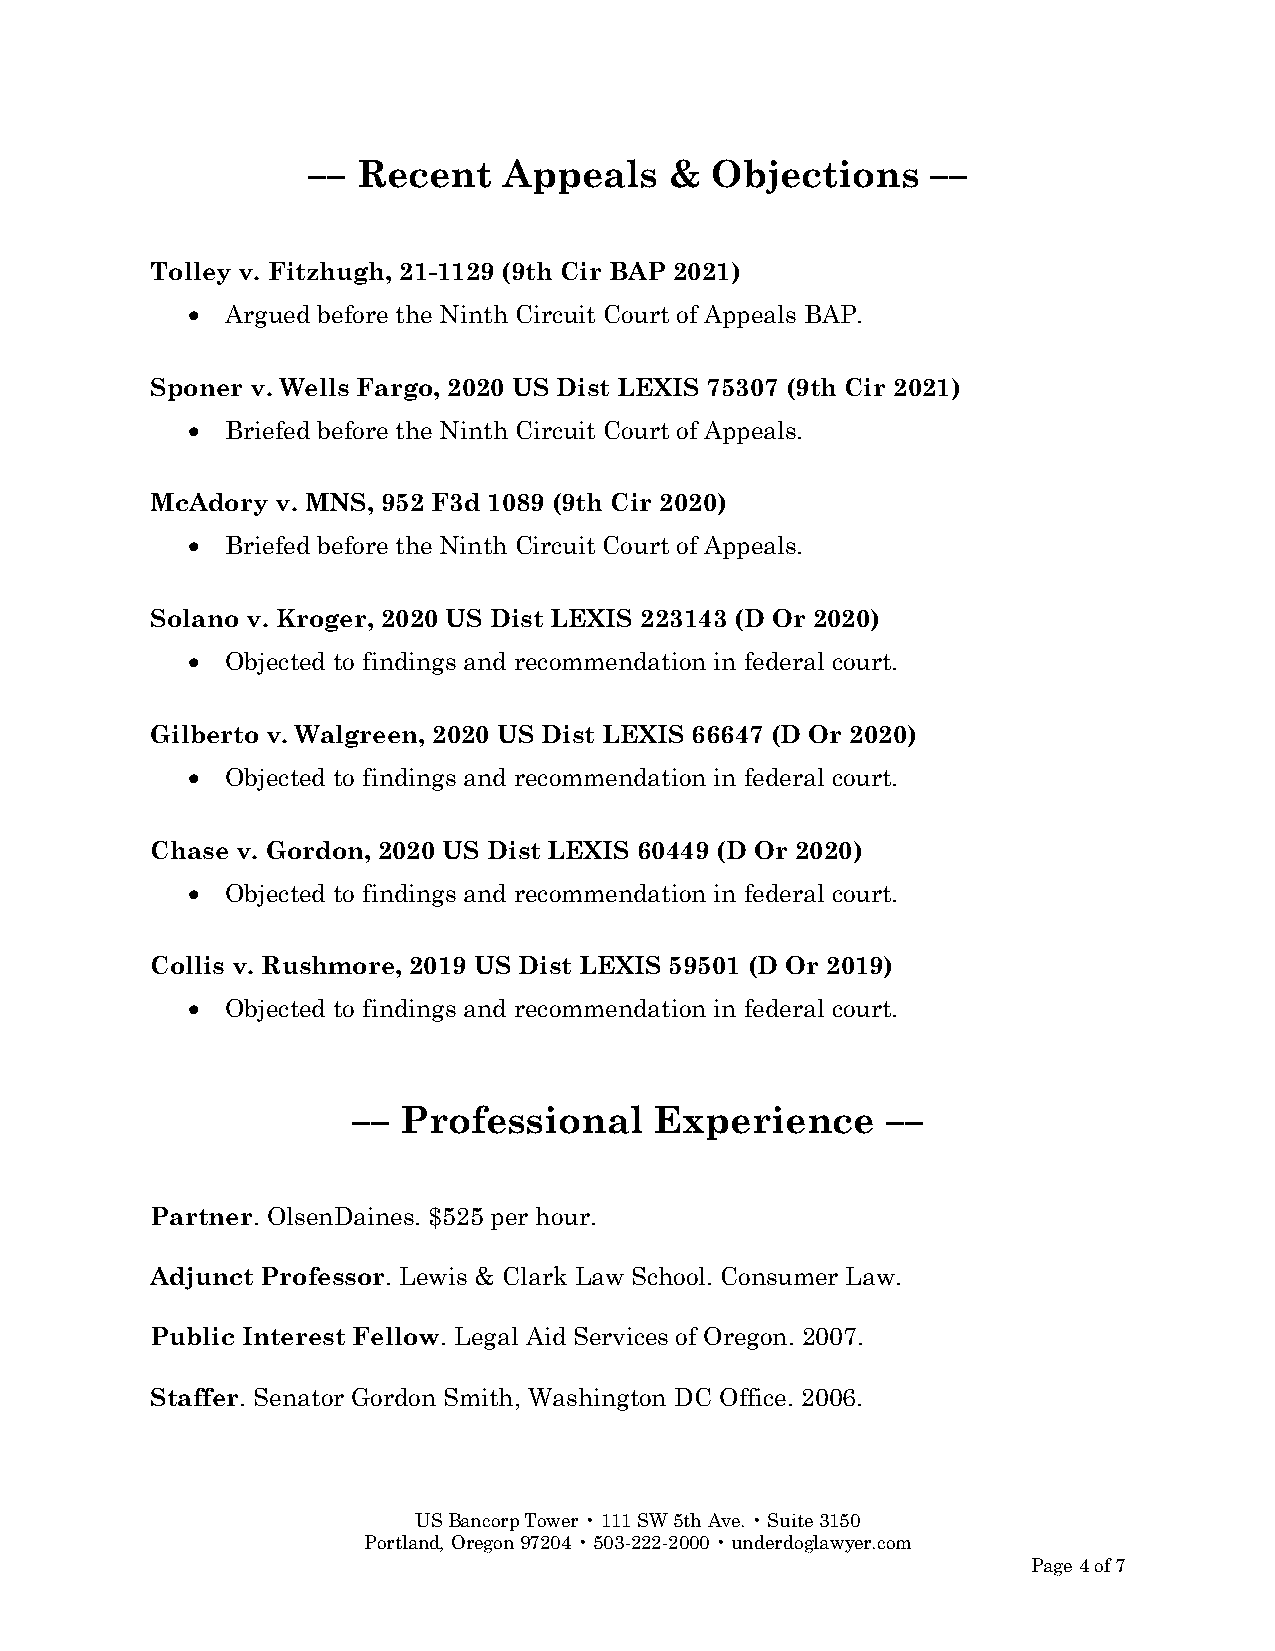
––  Recent   Appeals    &  Objections     ––
 Tolley v. Fitzhugh, 21-1129 (9th Cir BAP 2021)
 •  Argued before the Ninth Circuit Court of Appeals BAP.
 Sponer v. Wells Fargo, 2020 US Dist LEXIS 75307 (9th Cir 2021)
 •  Briefed before the Ninth Circuit Court of Appeals.
 McAdory v. MNS, 952 F3d 1089 (9th Cir 2020)
 •  Briefed before the Ninth Circuit Court of Appeals.
 Solano v. Kroger, 2020 US Dist LEXIS 223143 (D Or 2020)
 •  Objected to findings and recommendation in federal court.
 Gilberto v. Walgreen, 2020 US Dist LEXIS 66647 (D Or 2020)
 •  Objected to findings and recommendation in federal court.
 Chase v. Gordon, 2020 US Dist LEXIS 60449 (D Or 2020)
 •  Objected to findings and recommendation in federal court.
 Collis v. Rushmore, 2019 US Dist LEXIS 59501 (D Or 2019)
 •  Objected to findings and recommendation in federal court.
 –– Professional     Experience      ––
 Partner. OlsenDaines. $525 per hour.
 Adjunct Professor. Lewis & Clark Law School. Consumer Law.
 Public Interest Fellow. Legal Aid Services of Oregon. 2007.
 Staffer. Senator Gordon Smith, Washington DC Office. 2006.
 US Bancorp Tower • 111 SW 5th Ave. • Suite 3150
 Portland, Oregon 97204 • 503-222-2000 • underdoglawyer.com
 Page 4 of 7